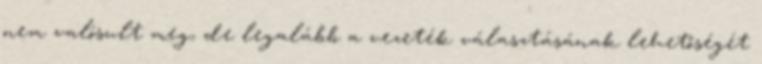
nem valósult meg, de legalább a vezeték választásának lehetőségét